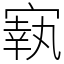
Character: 㝪